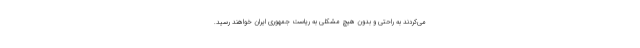
می‌کردند به راحتی و بدون هیچ مشکلی به ریاست جمهوری ایران خواهند رسید.